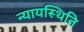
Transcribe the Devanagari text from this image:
न्यायस्थिति